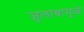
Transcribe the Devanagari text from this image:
जुलाबामुळे